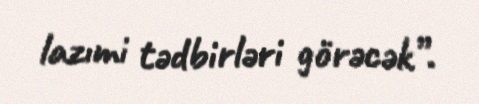
lazımi tədbirləri görəcək”.